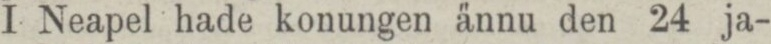
I Neapel hade konungen ännu den 24 ja-